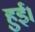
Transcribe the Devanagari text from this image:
हुुुुई।